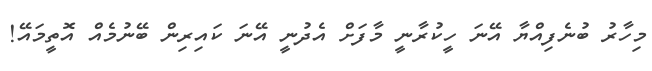
މިހާރު ބުނެފިއްޔާ އޭނަ ހީކުރާނީ މާފަށް އެދުނީ އޭނަ ކައިރިން ބޭނުމެއް އޮތީމައޭ!